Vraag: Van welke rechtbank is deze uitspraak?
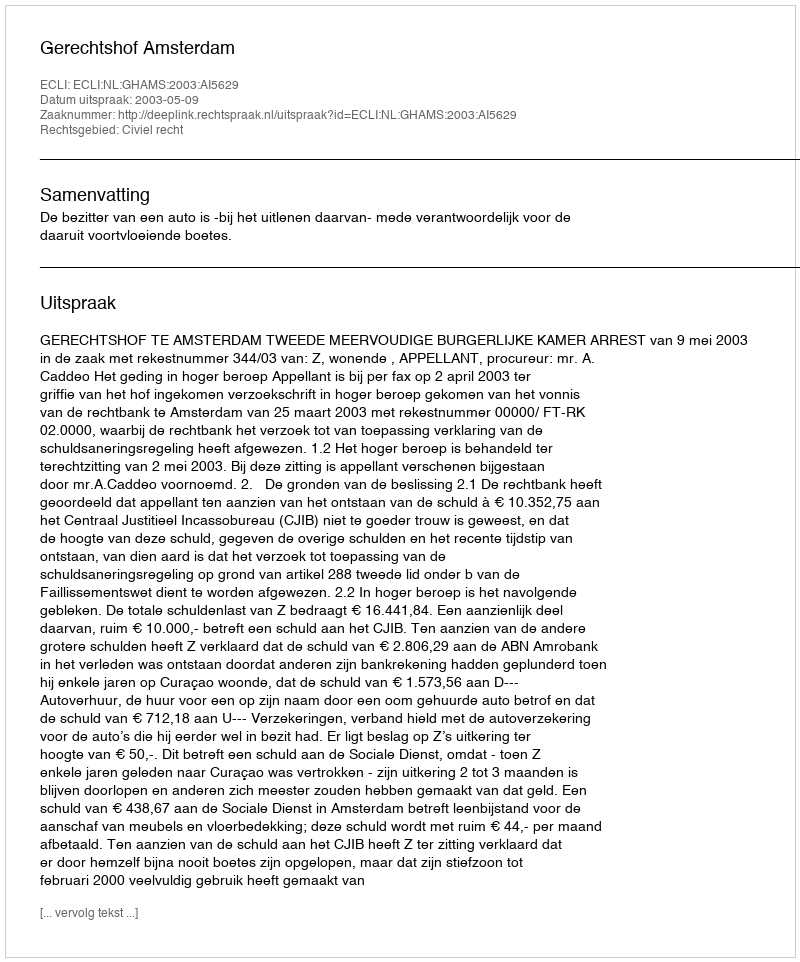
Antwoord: Gerechtshof Amsterdam